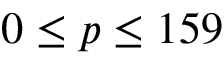
0 \le p \le 1 5 9